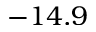
- 1 4 . 9